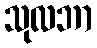
သုလဘာ